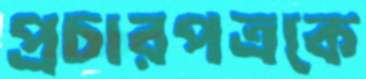
প্রচারপত্রকে